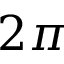
2 \pi